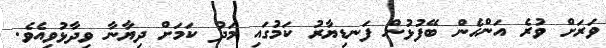
ވަރަށް ވުރެ އަންހެން ބޭފުޅުން ފަނޑިޔާރު ކަމުގައި މަދު ކަމަށް ދިޔާނާ ވިދާޅުވިއެވެ.